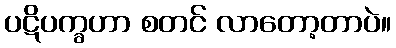
ပဋိပက္ခဟာ စတင် လာတော့တာပဲ။